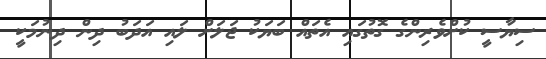
ސިޔާސީ ކުށްވެރިންގެ ގޮތުގައި އެތައް ބަޔަކު ޖަލަށް ލައި އަދަބު ދިން ދިނުމަކީ